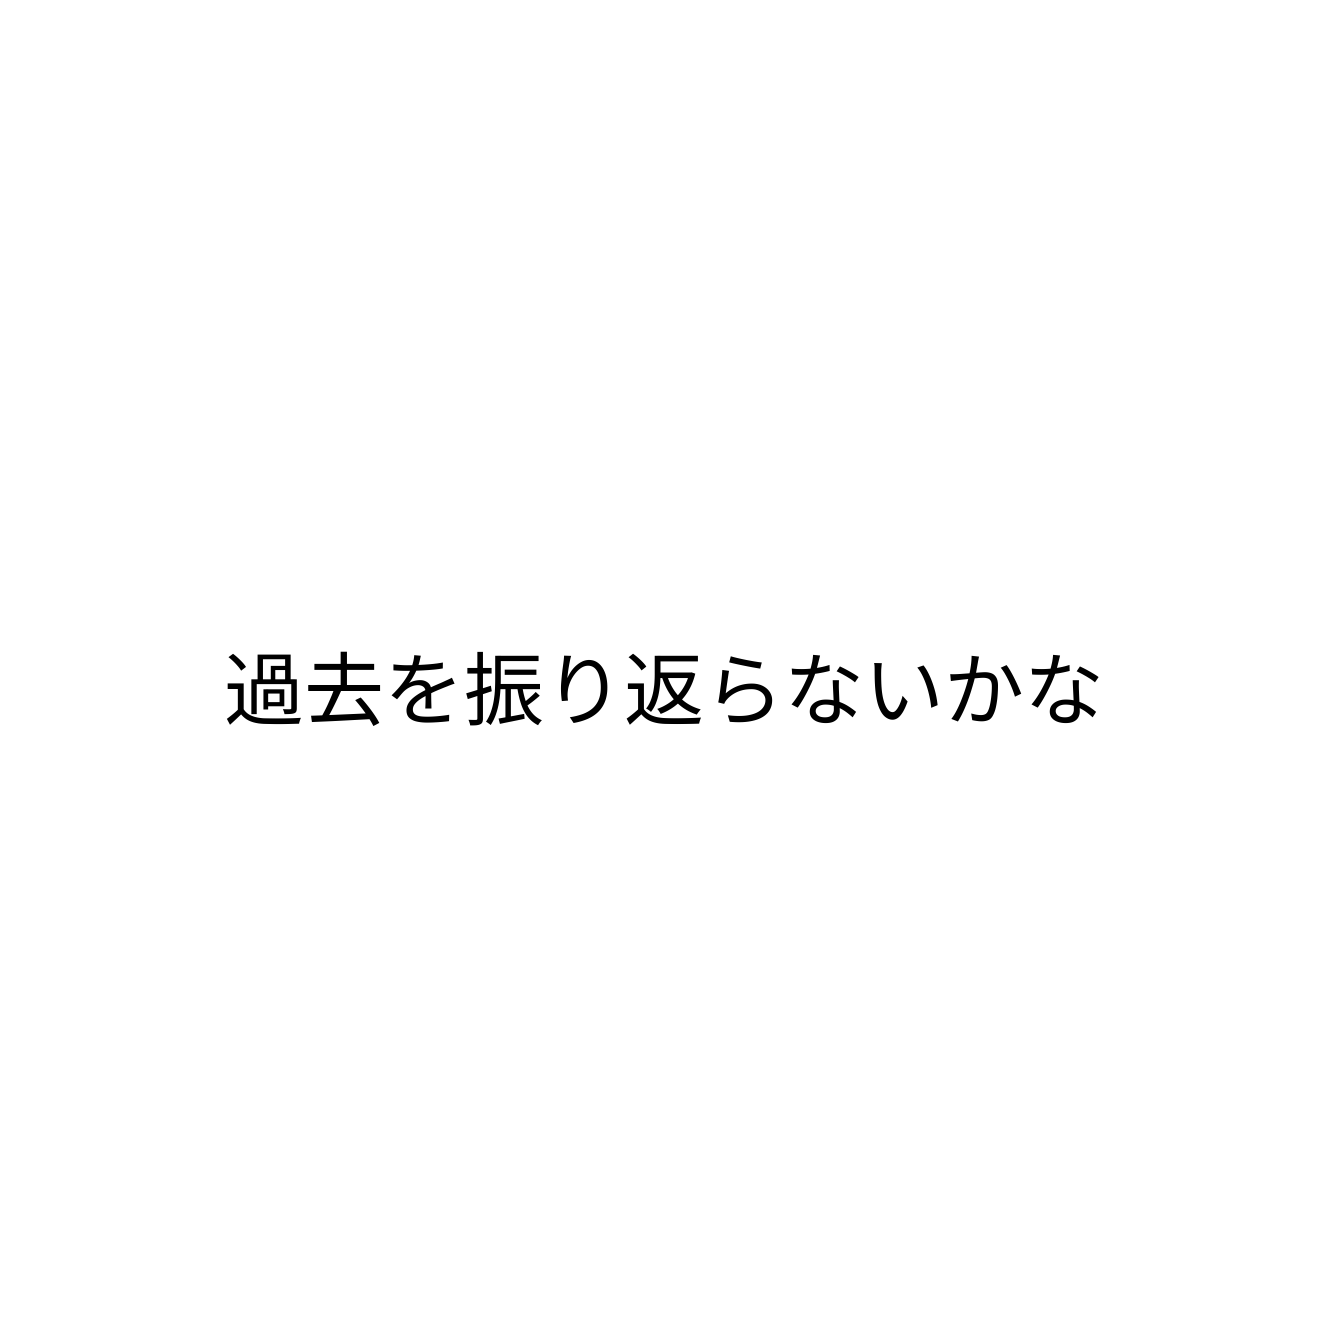
過去を振り返らないかな